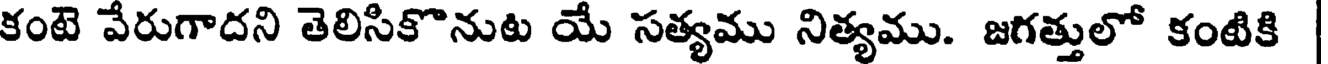
కంటె వేరుగాదని తెలిసికొనుట యే సత్యము నిత్యము. జగత్తులో కంటికి